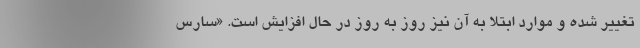
تغییر شده و موارد ابتلا به آن نیز روز به روز در حال افزایش است. «سارس